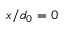
x / d _ { 0 } = 0